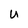
Character: u